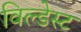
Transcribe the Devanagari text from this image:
विल्डेस्ट